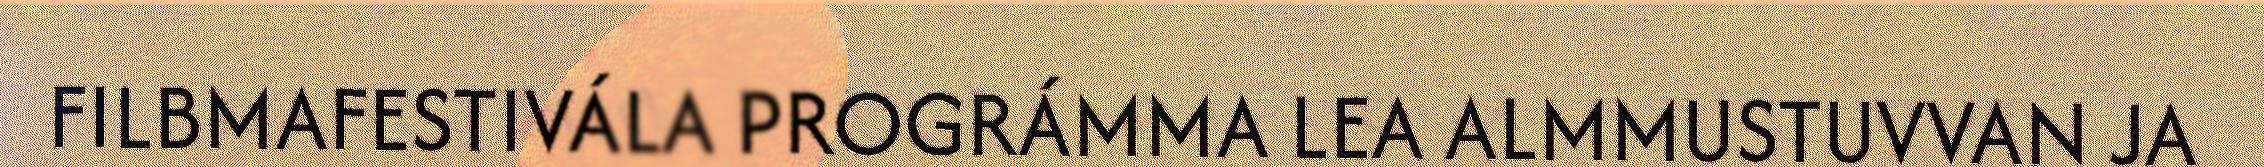
FILBMAFESTIVÁLA PROGRÁMMA LEA ALMMUSTUVVAN JA